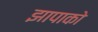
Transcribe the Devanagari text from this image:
झापाको